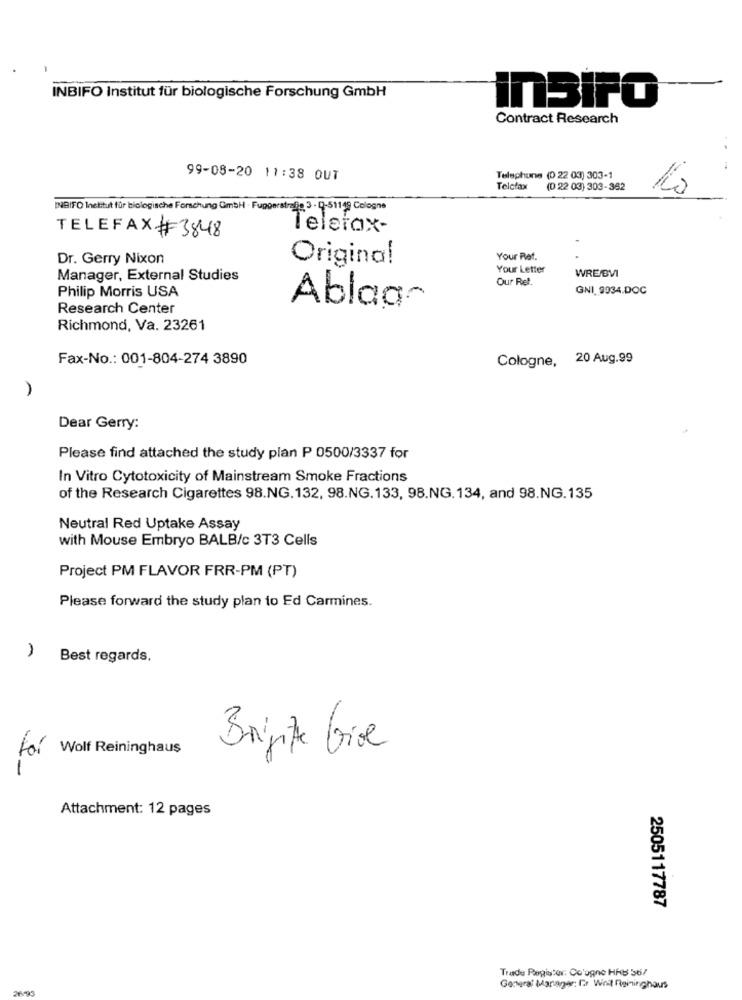
INBIFO Institut für biologische Forschung GmbH
insiFO
Contract Research
99-08-20 11:38 OUT
Telephone (0 22 03) 303-1
Telefax
(0 22 03) 303-362
INBIFO Inetitut für biologische Forschung GmbH · Fuggerstrafis 3 - [-51119 Cologne
Telefax-
TELEFAX#3848
Dr. Gerry Nixon
Original
Your Ret.
Your Letter
WRE/BVI
Manager, External Studies
Our Ret.
GNI 9034.DOC
Philip Morris USA
Research Center
Ablaa-
Richmond, Va. 23261
Fax-No .: 001-804-274 3890
Cologne, 20 Aug.99
Dear Gerry:
Please find attached the study plan P 0500/3337 for
In Vitro Cytotoxicity of Mainstream Smoke Fractions
of the Research Cigarettes 98.NG. 132, 98.NG. 133, 98.NG. 134, and 98.NG. 135
Neutral Red Uptake Assay
with Mouse Embryo BALB/c 3T3 Cells
Project PM FLAVOR FRR-PM (PT)
Please forward the study plan to Ed Carmines.
Best regards,
-- >
Wolf Reininghaus
Brigite Give
-
Attachment: 12 pages
2505117787
Trade Register. Co'ogno HAB 56/
26-93
General Manager: Cr Woil Raininghours